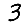
Digit: 3